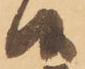
候